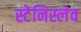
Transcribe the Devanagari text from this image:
स्टेनिस्लेव